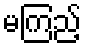
မကြည့်